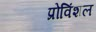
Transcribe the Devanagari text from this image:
प्रोविंशल